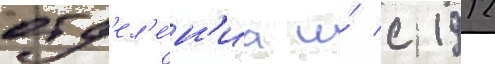
отд'ел'е́н'иа и́ с 1912